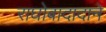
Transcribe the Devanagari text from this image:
राघोबादादाने